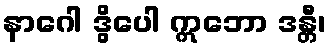
နာဂေါ ဒွိပေါ ဣဘော ဒန္တီ၊